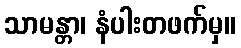
သာမန္တာ၊ နံပါးတဖက်မှ။